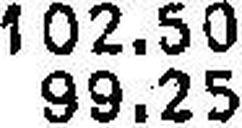
102.50